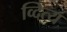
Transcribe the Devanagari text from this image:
व्दित्य